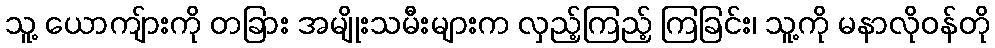
သူ့ ယောကျ်ားကို တခြား အမျိုးသမီးများက လှည့်ကြည့် ကြခြင်း၊ သူ့ကို မနာလိုဝန်တို